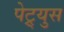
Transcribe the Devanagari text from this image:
पेट्र्युस